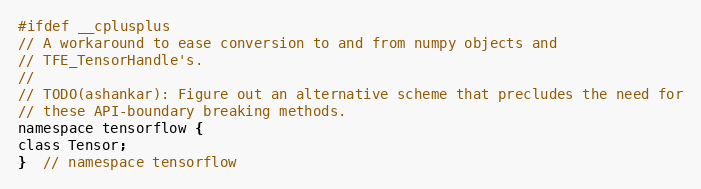
Language: C
#ifdef __cplusplus
// A workaround to ease conversion to and from numpy objects and
// TFE_TensorHandle's.
//
// TODO(ashankar): Figure out an alternative scheme that precludes the need for
// these API-boundary breaking methods.
namespace tensorflow {
class Tensor;
}  // namespace tensorflow